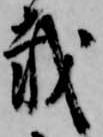
載